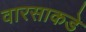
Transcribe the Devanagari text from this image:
वारसाकडे